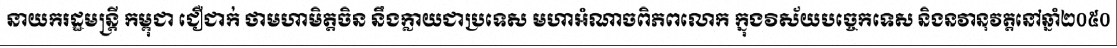
នាយករដ្ឋមន្ត្រី កម្ពុជា ជឿជាក់ ថាមហាមិត្តចិន នឹងក្លាយជាប្រទេស មហាអំណាចពិភពលោក ក្នុងវិស័យបច្ចេកទេស និងនវានុវត្តនៅឆ្នាំ២០៥០